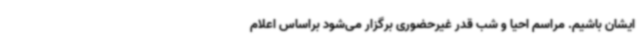
ایشان باشیم. مراسم احیا و شب قدر غیرحضوری برگزار می‌شود براساس اعلام